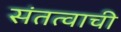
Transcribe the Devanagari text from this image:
संतत्वाची